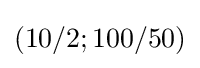
(10/2;100/50)